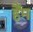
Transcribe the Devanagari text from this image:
हैंम